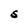
Character: S